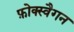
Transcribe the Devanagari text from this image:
फ़ोक्स्वैगन